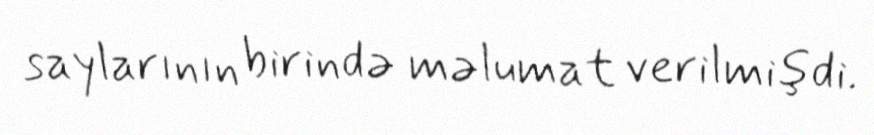
saylarının birində məlumat verilmişdi.